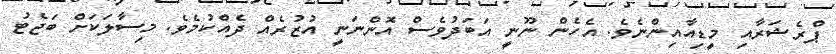
ޕްރެޝަރާއި މީޑިއާއިންނެވެ. އެހެން ނޫނީ އަބަދުވެސް އޮންނަނީ އުޒުރެއް ދެއްކުމެވެ. މިސާލަކަށް ބަޖެޓު